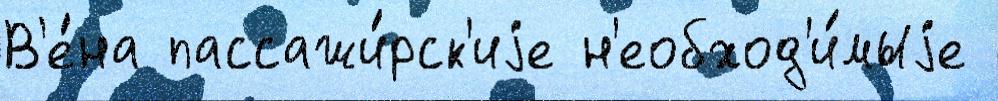
В'е́на пассажи́рск'иjе н'еобход'и́мыjе